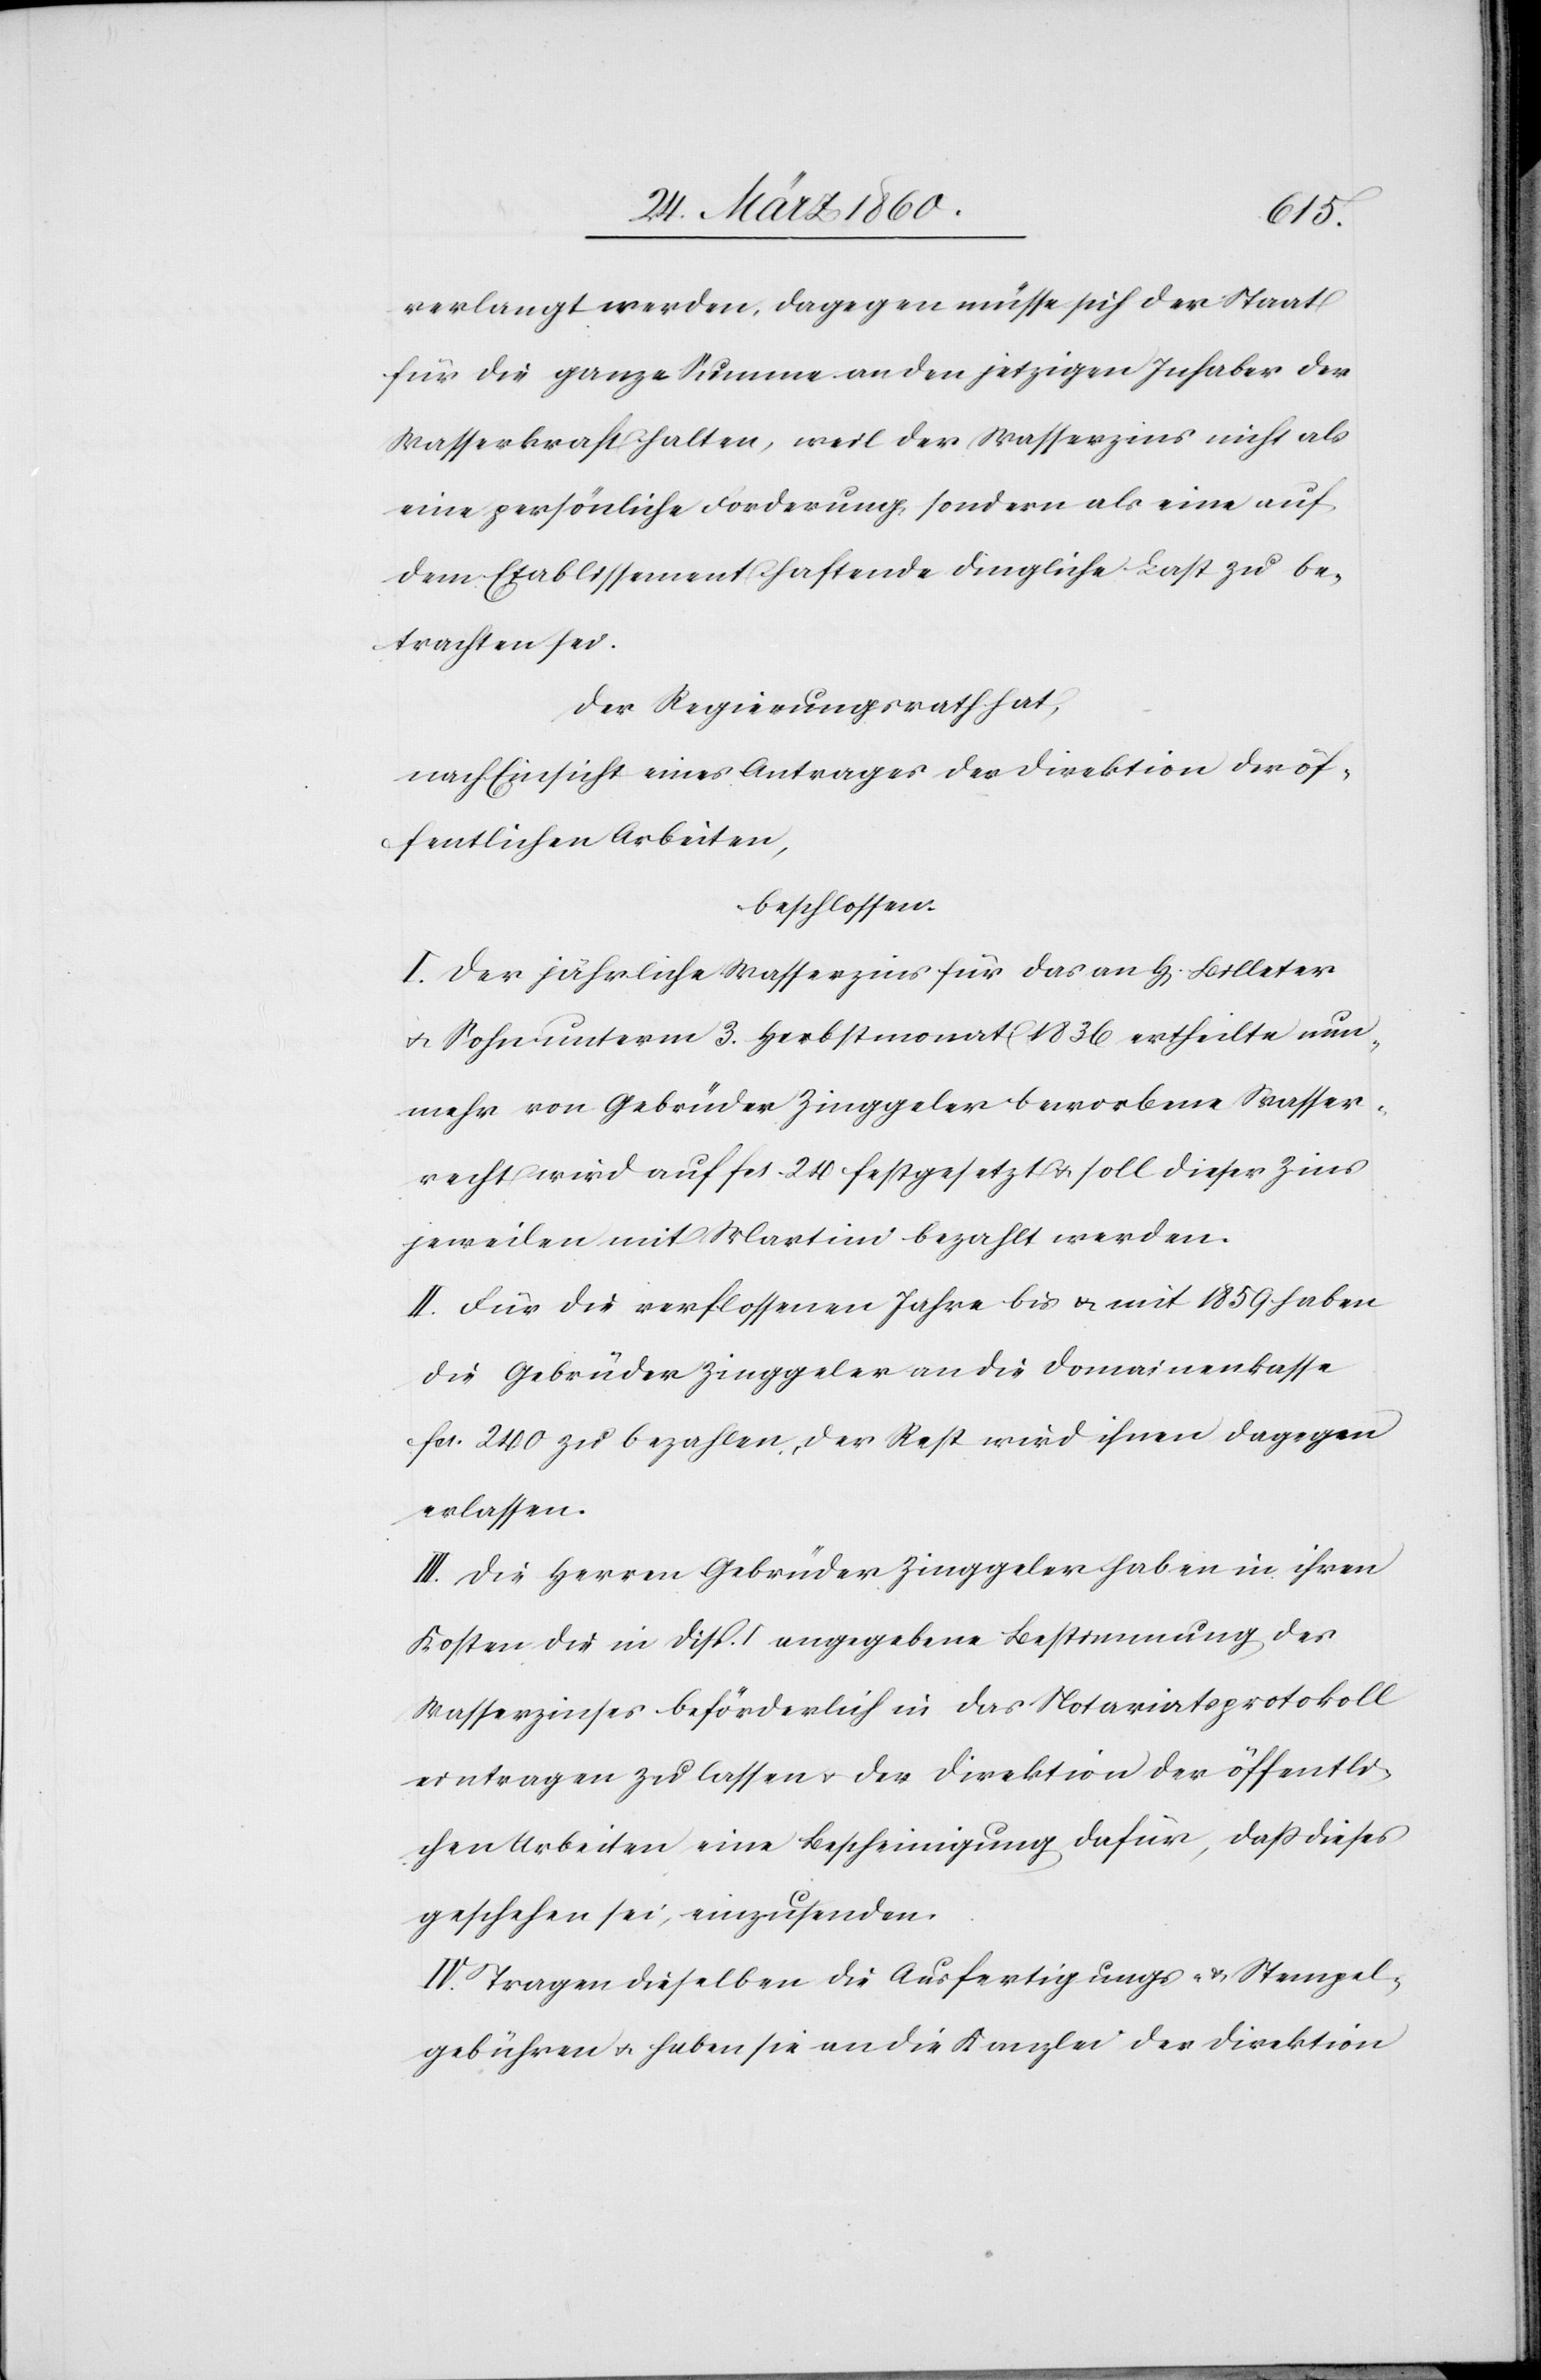
verlangt werden, dagegen müsse sich der Staat
für die ganze Summe an den jetzigen Inhaber der
Wasserkraft halten, weil der Wasserzins nicht als
eine persönliche Forderung, sondern als eine auf
dem Etablissement haftende dingliche Last zu be¬
trachten sei.
Der Regierungsrath hat,
nach Einsicht eines Antrages der Direktion der öf¬
fentlichen Arbeiten,
beschlossen:
I. Der jährliche Wasserzins für das an H[errn] Billeter
u. Sohn unterm 3. Herbstmonat 1836 ertheilte nun¬
mehr von Gebrüder Zinggeler beworbene Wasser¬
recht wird auf fcs. 24 festgesetzt u. soll dieser Zins
jeweilen mit Martini bezahlt werden.
II. Für die verflossenen Jahre bis u. mit 1859 haben
die Gebrüder Zinggeler an die Domainenkasse
fcs. 2400 zu bezahlen, der Rest wird ihnen dagegen
erlassen.
III. Die Herren Gebrüder Zinggeler haben in ihren
Kosten die in Disp. I. angegebene Bestimmung des
Wasserzinses beförderlich in das Notariatsprotokoll
eintragen zu lassen u. der Direktion der öffentli¬
chen Arbeiten eine Bescheinigung dafür, dass dieses
geschehen sei, einzusenden.
Tragen dieselben die Ausfertigungs- u. Stempel¬
gebühren u. haben sie an die Kanzlei der Direktion